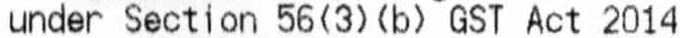
UNDER SECTION 56(3)(B) GST ACT 2014